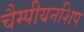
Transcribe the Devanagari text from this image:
चैम्पीयनशिप